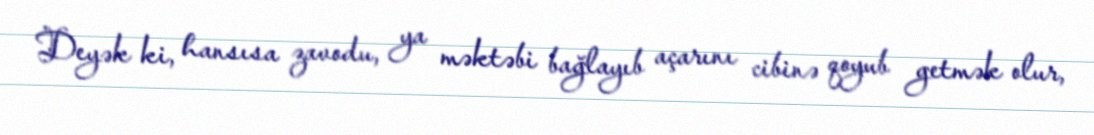
Deyək ki, hansısa zavodu, ya məktəbi bağlayıb açarını cibinə qoyub getmək olur,